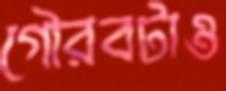
গৌরবটাও